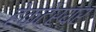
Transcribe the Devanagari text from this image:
हेक्टेरयर